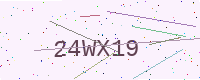
Text: 24WX19